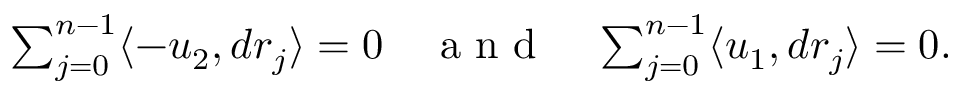
\begin{array} { r } { \sum _ { j = 0 } ^ { n - 1 } \langle - u _ { 2 } , d r _ { j } \rangle = 0 \quad \mathrm { ~ a ~ n ~ d ~ } \quad \sum _ { j = 0 } ^ { n - 1 } \langle u _ { 1 } , d r _ { j } \rangle = 0 . } \end{array}